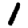
Digit: 1